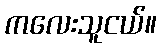
ကလေးသူငယ်။